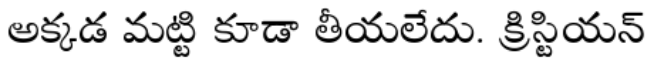
అక్కడ మట్టి కూడా తీయలేదు. క్రిస్టియన్